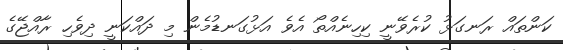
ކަންތައް ރަނގަޅު ކުރެވޭނީ ކިހިނެއްތޯ އެވެ އަޅުގަނޑުމެން މި ދައްކަނީ ދިވެހި ރާއްޖޭގެ